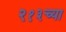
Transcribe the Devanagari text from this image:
२१३च्या